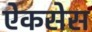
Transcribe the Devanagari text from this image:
ऐकसेस